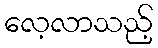
လေ့လာသည့်